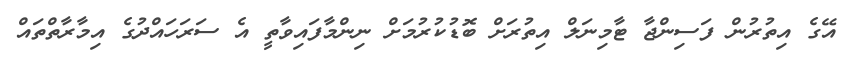
އޭގެ އިތުރުން ފަސިންޖާ ޓާމިނަލް އިތުރަށް ބޮޑުކުރުމަށް ނިންމާފައިވާތީ އެ ސަރަހައްދުގެ އިމާރާތްތައް